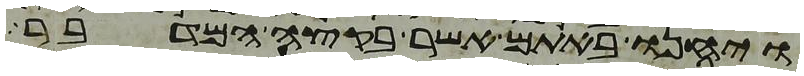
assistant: ויחנו באתם אשר בקצה המדבר